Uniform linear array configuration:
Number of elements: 48
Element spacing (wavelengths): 0.75
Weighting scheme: exponential
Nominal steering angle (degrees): -30
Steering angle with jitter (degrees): -30.817
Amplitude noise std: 0.05
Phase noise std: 0.05

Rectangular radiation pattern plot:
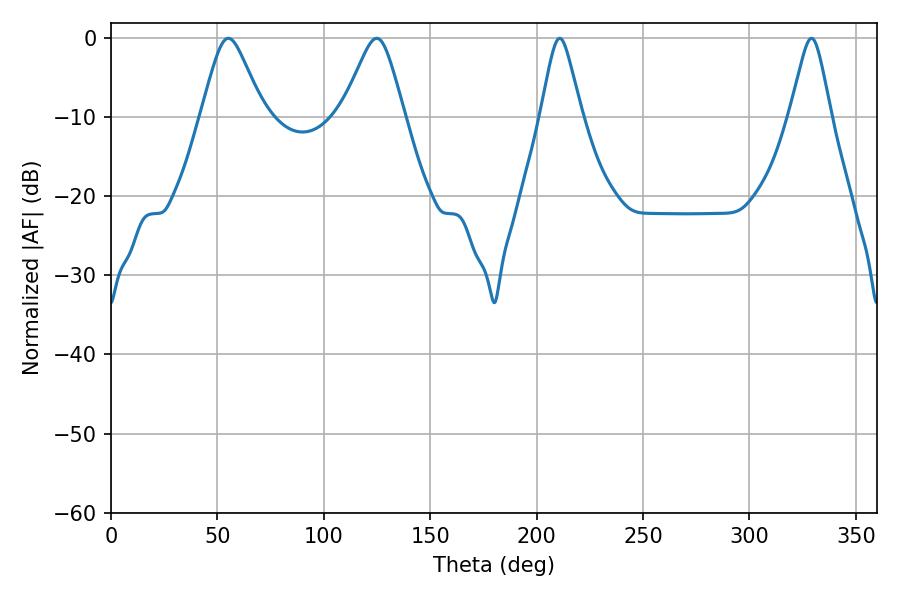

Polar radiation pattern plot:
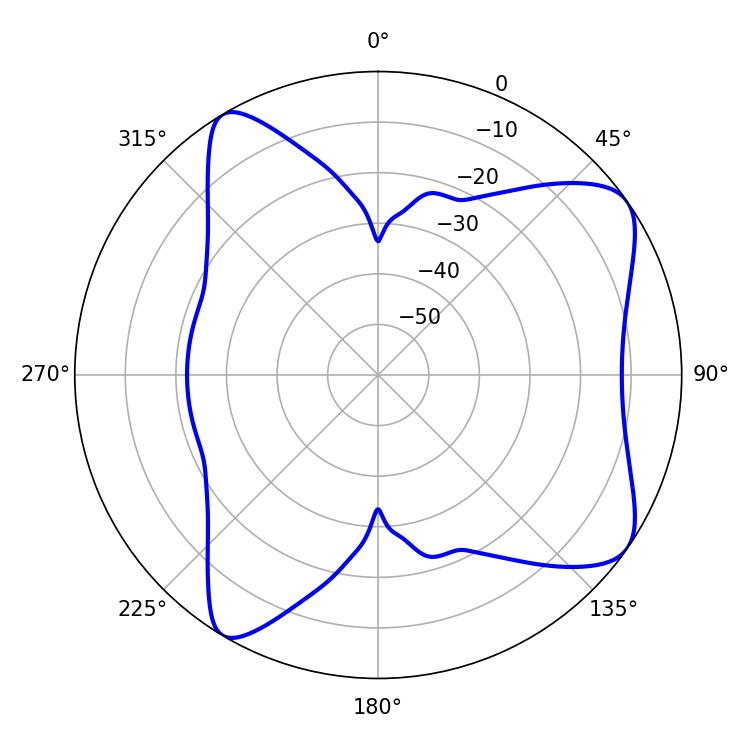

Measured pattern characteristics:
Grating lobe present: TRUE
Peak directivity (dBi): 8.11
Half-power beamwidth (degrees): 13.86
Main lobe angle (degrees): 55.08